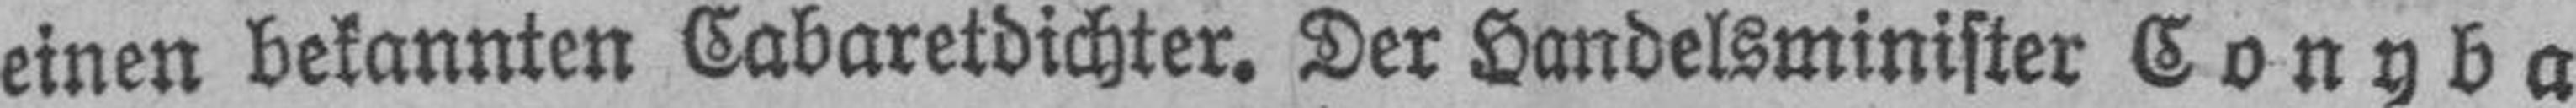
einen bekannten Cabaretdichter. Der Landelsminister Conyba